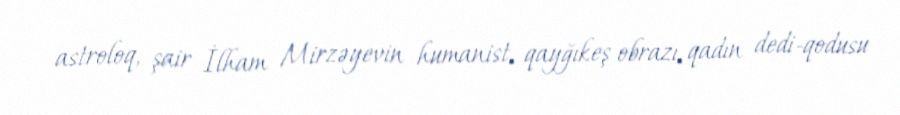
astroloq, şair İlham Mirzəyevin humanist, qayğıkeş obrazı, qadın dedi-qodusu